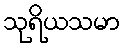
သုရိယသမာ